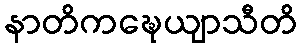
နာတိကဍ္ဎေယျာသီတိ